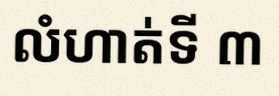
លំហាត់ទី ៣